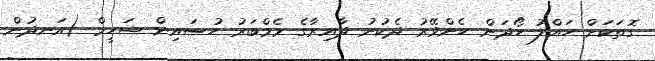
ގޮތަކަށް ހައްލު ހޯދަން ހެންވޭރު ދެކުނު ދާއިރާގެ މެމްބަރު ހުސައިން ޝަހީމް (އަނދުން